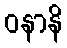
ဝနာနိ